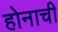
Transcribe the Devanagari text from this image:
होनाची